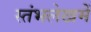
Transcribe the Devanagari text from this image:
स्‍तंभलेखमें